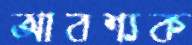
আবশ্যক